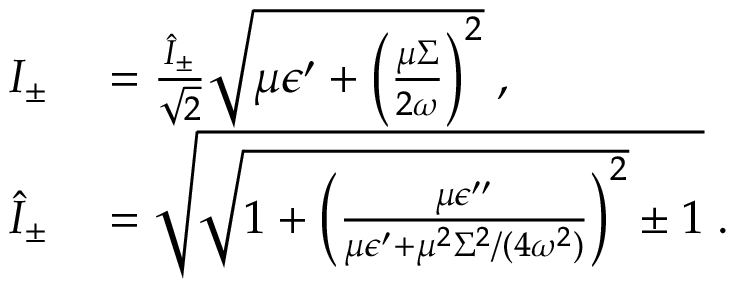
\begin{array} { r l } { I _ { \pm } } & { { } = \frac { \hat { I } _ { \pm } } { \sqrt { 2 } } \sqrt { \mu \epsilon ^ { \prime } + \left( \frac { \mu \Sigma } { 2 \omega } \right) ^ { 2 } } \; , } \\ { \hat { I } _ { \pm } } & { { } = \sqrt { \sqrt { 1 + \left( \frac { \mu \epsilon ^ { \prime \prime } } { \mu \epsilon ^ { \prime } + \mu ^ { 2 } \Sigma ^ { 2 } / ( 4 \omega ^ { 2 } ) } \right) ^ { 2 } } \pm 1 } \; . } \end{array}